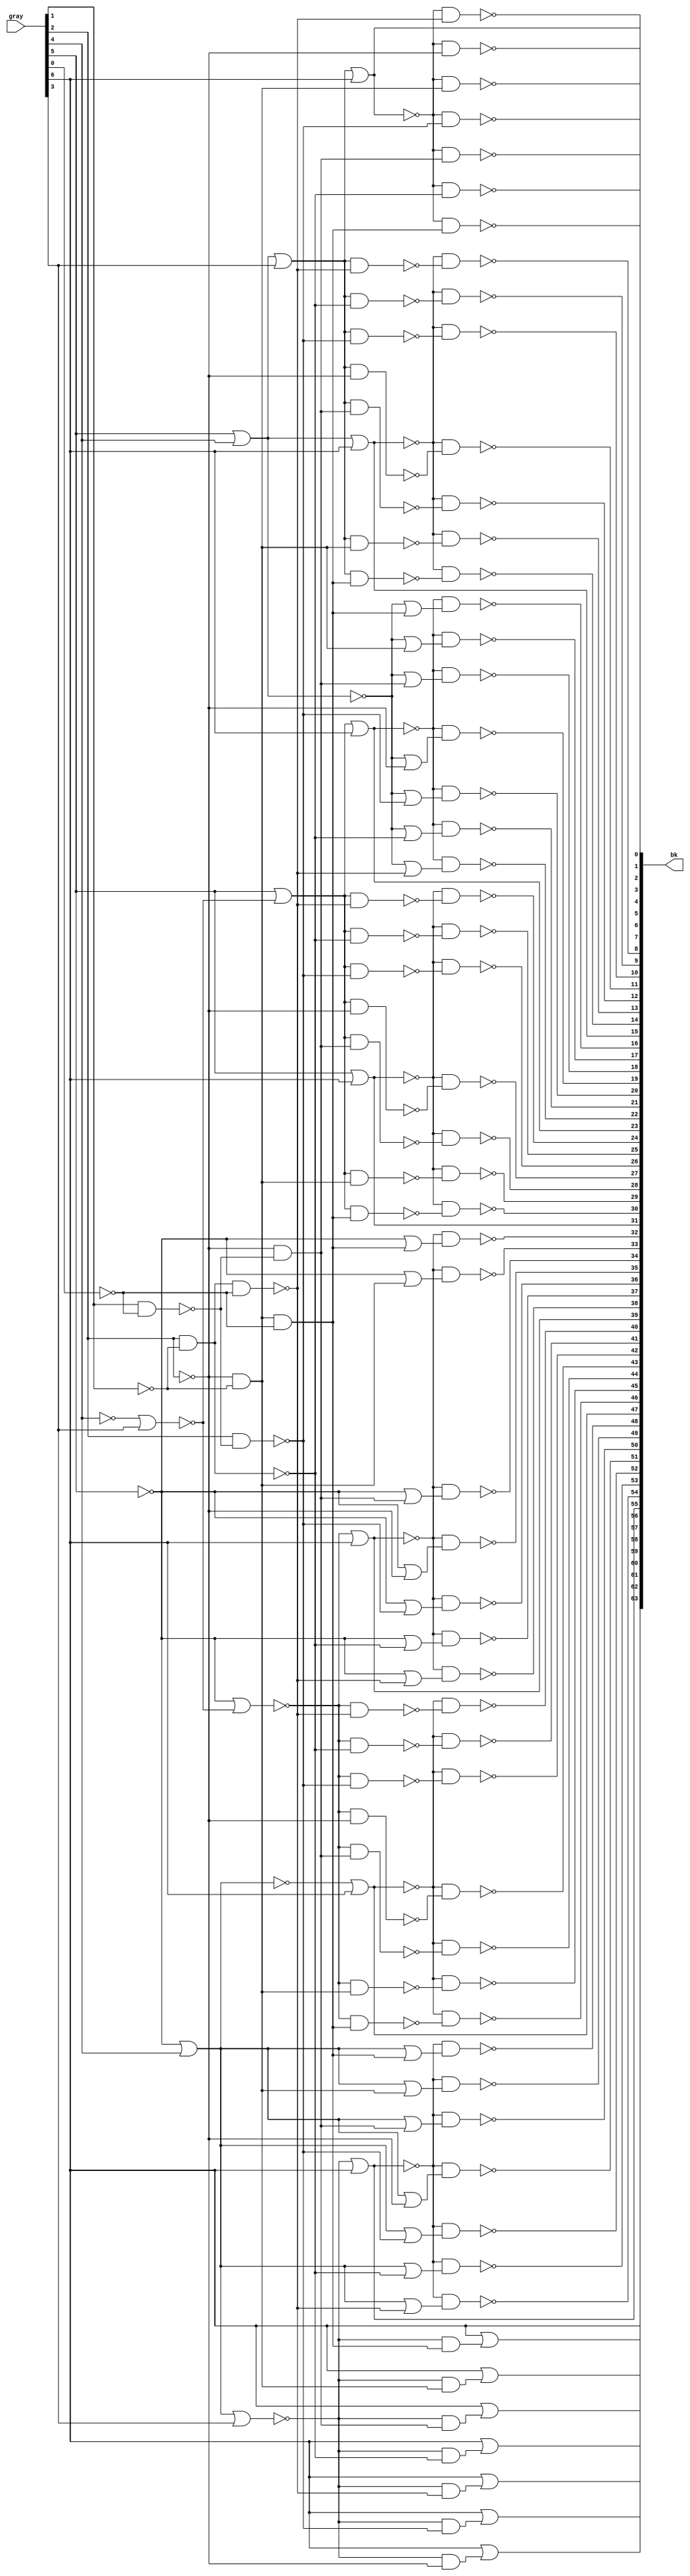
// SPDX-License-Identifier: Apache-2.0
// Copyright (C) 2019 Intel Corporation. All rights reserved

//---------------------------------------------------------------------------------------------------------------------------------------------
//  io_cmos_nand_x64_decode
//---------------------------------------------------------------------------------------------------------------------------------------------

module io_cmos_nand_x64_decode (
input   [6:0]   gray,
output  [63:0]  bk
);

`ifdef TIMESCALE_EN
                timeunit 1ps;
                timeprecision 1ps;
`endif

parameter   NAND_DELAY = 20;

wire  [6:0]  col;
wire  [6:0]  row;
wire  [6:0]  newcol;

assign col[0] =  gray[5] | gray[4] | gray[3];
assign col[1] =  gray[5] | gray[4];
assign col[2] =  gray[5] | ~(~gray[4] | gray[3]);
assign col[3] =  gray[5];
assign col[4] = ~gray[5] | ~(~gray[4] | gray[3]);
assign col[5] = ~gray[5] | gray[4];
assign col[6] = ~gray[5] | gray[4] | gray[3];

assign row[0] = ~gray[2] & ~gray[1] & ~gray[0];
assign row[1] = ~gray[2] & ~gray[1];
assign row[2] = ~gray[2] & ~(gray[1] & ~gray[0]);
assign row[3] = ~gray[2];
assign row[4] = ~(gray[2] & ~(gray[1] & ~gray[0]));
assign row[5] = ~(gray[2] & ~gray[1]);
assign row[6] = ~(gray[2] & ~gray[1] & ~gray[0]);

assign newcol[0] =  ~(col[0] | gray[6]);
assign newcol[1] =  ~(col[1] | gray[6]);
assign newcol[2] =  ~(col[2] | gray[6]);
assign newcol[3] =  ~(col[3] | gray[6]);
assign newcol[4] =  ~(~col[4] | gray[6]);
assign newcol[5] =  ~(~col[5] | gray[6]);
assign newcol[6] =  ~(~col[6] | gray[6]);

assign  bk[0] = ~(newcol[0] & row[0]);
assign  bk[1] = ~(newcol[0] & row[1]);
assign  bk[2] = ~(newcol[0] & row[2]);
assign  bk[3] = ~(newcol[0] & row[3]);
assign  bk[4] = ~(newcol[0] & row[4]);
assign  bk[5] = ~(newcol[0] & row[5]);
assign  bk[6] = ~(newcol[0] & row[6]);
assign  bk[7] =  ~newcol[0];
assign  bk[8] = ~(newcol[1] & ~(col[0] & row[6]));
assign  bk[9] = ~(newcol[1] & ~(col[0] & row[5]));
assign bk[10] = ~(newcol[1] & ~(col[0] & row[4]));
assign bk[11] = ~(newcol[1] & ~(col[0] & row[3]));
assign bk[12] = ~(newcol[1] & ~(col[0] & row[2]));
assign bk[13] = ~(newcol[1] & ~(col[0] & row[1]));
assign bk[14] = ~(newcol[1] & ~(col[0] & row[0]));
assign bk[15] =  ~newcol[1];
assign bk[16] = ~(newcol[2] & (~col[1] | row[0]));
assign bk[17] = ~(newcol[2] & (~col[1] | row[1]));
assign bk[18] = ~(newcol[2] & (~col[1] | row[2]));
assign bk[19] = ~(newcol[2] & (~col[1] | row[3]));
assign bk[20] = ~(newcol[2] & (~col[1] | row[4]));
assign bk[21] = ~(newcol[2] & (~col[1] | row[5]));
assign bk[22] = ~(newcol[2] & (~col[1] | row[6]));
assign bk[23] =  ~newcol[2];
assign bk[24] = ~(newcol[3] & ~(col[2] & row[6]));
assign bk[25] = ~(newcol[3] & ~(col[2] & row[5]));
assign bk[26] = ~(newcol[3] & ~(col[2] & row[4]));
assign bk[27] = ~(newcol[3] & ~(col[2] & row[3]));
assign bk[28] = ~(newcol[3] & ~(col[2] & row[2]));
assign bk[29] = ~(newcol[3] & ~(col[2] & row[1]));
assign bk[30] = ~(newcol[3] & ~(col[2] & row[0]));
assign bk[31] =  ~newcol[3];
assign bk[32] = ~(newcol[4] & (~col[3] | row[0]));
assign bk[33] = ~(newcol[4] & (~col[3] | row[1]));
assign bk[34] = ~(newcol[4] & (~col[3] | row[2]));
assign bk[35] = ~(newcol[4] & (~col[3] | row[3]));
assign bk[36] = ~(newcol[4] & (~col[3] | row[4]));
assign bk[37] = ~(newcol[4] & (~col[3] | row[5]));
assign bk[38] = ~(newcol[4] & (~col[3] | row[6]));
assign bk[39] =  ~newcol[4];
assign bk[40] = ~(newcol[5] & ~(~col[4] & row[6]));
assign bk[41] = ~(newcol[5] & ~(~col[4] & row[5]));
assign bk[42] = ~(newcol[5] & ~(~col[4] & row[4]));
assign bk[43] = ~(newcol[5] & ~(~col[4] & row[3]));
assign bk[44] = ~(newcol[5] & ~(~col[4] & row[2]));
assign bk[45] = ~(newcol[5] & ~(~col[4] & row[1]));
assign bk[46] = ~(newcol[5] & ~(~col[4] & row[0]));
assign bk[47] =  ~newcol[5];
assign bk[48] = ~(newcol[6] & ( col[5] | row[0]));
assign bk[49] = ~(newcol[6] & ( col[5] | row[1]));
assign bk[50] = ~(newcol[6] & ( col[5] | row[2]));
assign bk[51] = ~(newcol[6] & ( col[5] | row[3]));
assign bk[52] = ~(newcol[6] & ( col[5] | row[4]));
assign bk[53] = ~(newcol[6] & ( col[5] | row[5]));
assign bk[54] = ~(newcol[6] & ( col[5] | row[6]));
assign bk[55] =  ~newcol[6];
assign bk[56] =  gray[6] | (~col[6] & row[6]);
assign bk[57] =  gray[6] | (~col[6] & row[5]);
assign bk[58] =  gray[6] | (~col[6] & row[4]);
assign bk[59] =  gray[6] | (~col[6] & row[3]);
assign bk[60] =  gray[6] | (~col[6] & row[2]);
assign bk[61] =  gray[6] | (~col[6] & row[1]);
assign bk[62] =  gray[6] | (~col[6] & row[0]);
assign bk[63] =  gray[6];

endmodule